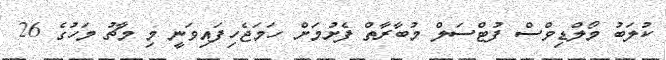
ކުލަބު މޯލްޑިވްސް ފުޓްސަލް މުބާރާތް ފެށުމަށް ހަމަޖެހިފައިވަނީ މި މާޗު މަހުގެ 26